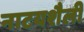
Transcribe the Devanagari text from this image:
नाटयशैली